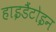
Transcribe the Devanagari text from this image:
हाइडैंटोइन